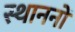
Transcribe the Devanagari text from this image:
स्थाननों